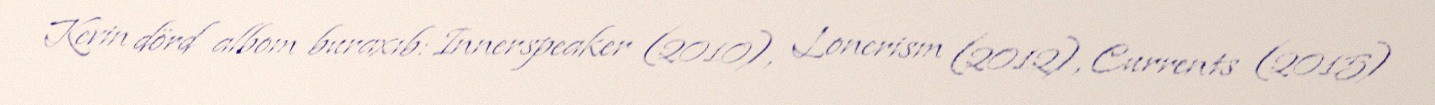
Kevin dörd albom buraxıb: Innerspeaker (2010), Lonerism (2012), Currents (2015)